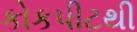
કોકપીટથી